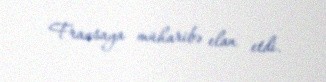
Fransaya müharibə elan etdi.